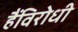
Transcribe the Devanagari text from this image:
हैंविरोधी